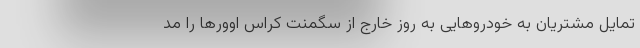
تمایل مشتریان به خودروهایی به روز خارج از سگمنت کراس اوورها را مد